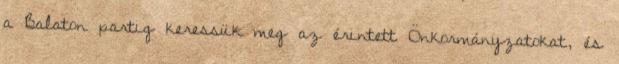
a Balaton partig keressük meg az érintett Önkormányzatokat, és